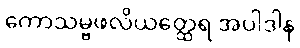
ကောသမ္ဗဖလိယတ္ထေရ အပါဒါန